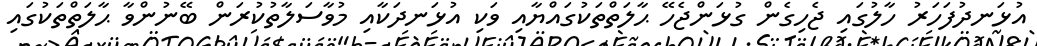
އުޅަނދުފަހަރު ހާލުގައި ޖެހިގެން ގުޅަންޖެހޭ ޙާލަތްތަކުގައްޔާއި ވަކި އުޅަނދަކާއި މުވާސަލާތުކުރަން ބޭނުންވާ ޙާލަތްތަކުގައި